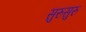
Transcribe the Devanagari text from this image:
सुरुसुरु